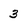
Character: 3